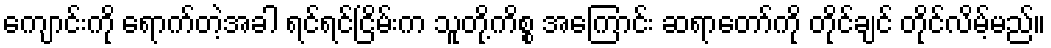
ကျောင်းကို ရောက်တဲ့အခါ ရင်ရင်ငြိမ်းက သူတို့ကိစ္စ အကြောင်း ဆရာတော်ကို တိုင်ချင် တိုင်လိမ့်မည်။